Indian Civil Veterinary Department memoirs
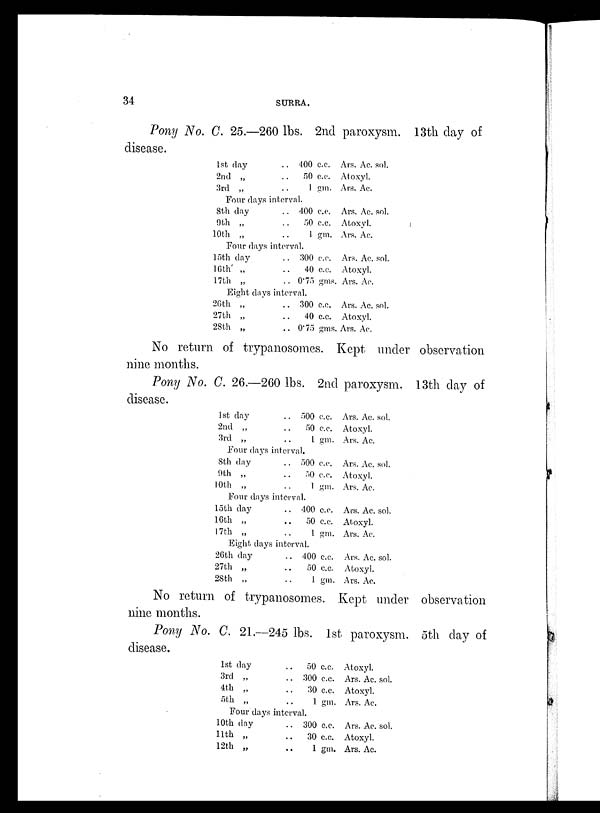
34
SURRA.
Pony No. C. 25.—260 lbs. 2nd paroxysm. 13th day of
disease.
1st day
2nd „
3rd „
. . 400 c.c.
. . 50 c.c.
. . 1 gm.
Four days interval.
8th day
9th „
10th „
. . 400 c.c.
. . 50 c.c.
. . 1 gm.
Four days interval.
15th day
l6th „
17th „
. . 300 c.c.
. . 40 c.c.
. . 0.75 gms.
Eight days interval.
26th „
27th „
28th „
. . 300 c.c.
. . 40 c.c.
. . 0.75 gms
Ars. Ac. sol.
Atoxyl.
Ars. Ac
Ars. Ac. sol.
Atoxyl.
Ars. Ac.
Ars. Ac sol.
Atoxyl.
Ars. Ac.
Ars. Ac. sol.
Atoxyl.
Ars. Ac.
No return of trypanosomes. Kept under observation
nine months.
Pony No. C. 26.—260 lbs. 2nd paroxysm. 13th day of
disease.
1st day
2nd „
3rd „
. . 500 c.c.
. . 50 c.c.
. . 1 gm.
Four days interval.
8th day
9th „
10th „
. . 500 c.c.
. . 50 c.c.
. . 1 gm.
Four days interval.
15th day
16th „
17th „
. . 400 c.c.
. . 50 c.c.
. . 1 gm.
Eight days interval.
26th day
27th „
28th „
. . 400 c.c.
. . 50 c.c.
. . 1 gm.
Ars. Ac sol.
Atoxyl.
Ars. Ac.
Ars. Ac. sol.
Atoxyl.
Ars. Ac
Ars. Ac. sol.
Atoxyl.
Ars. Ac.
Ars. Ac sol.
Atoxyl.
Ars. Ac
No return of trypanosomes. Kept under observation
nine months.
Pony No. C. 21.—245 lbs. 1st paroxysm. 5th day of
disease.
1st day
3rd „
4th „
5th „
. . 50 c.c.
. . 300 c.c.
. . 30 c.c.
. . 1 gm.
Four days interval.
10th day
11th
„
12th „
. . 300 c.c.
. . 30 c.c.
. . 1 gm.
Atoxyl.
Ars. Ac sol.
Atoxyl.
Ars. Ac.
Ars. Ac. sol.
Atoxyl.
Ars. Ac.